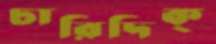
চারিদিক্‌